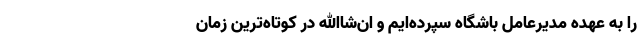
را به عهده مدیرعامل باشگاه سپرده‌ایم و ان‌شاالله در کوتاه‌ترین زمان